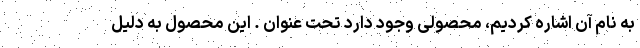
به نام آن اشاره کردیم، محصولی وجود دارد تحت عنوان . این محصول به دلیل